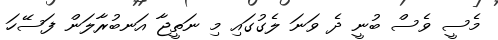
މެސީ ވެސް ބުނީ ދެ ވަނަ ލެގުގައި މި ނަތީޖާ އަނބުރާލަން ފަސޭހަ